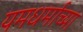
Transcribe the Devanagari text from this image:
यमधर्माच्या